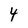
Character: 4